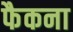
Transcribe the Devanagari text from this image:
फैकना